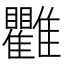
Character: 𩁯